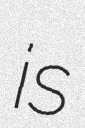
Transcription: is